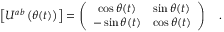
\left[ U ^ { a b } \left( \theta ( t ) \right) \right] = \left( \begin{array} { c c } { { \cos \theta ( t ) } } & { { \sin \theta ( t ) } } \\ { { - \sin \theta ( t ) } } & { { \cos \theta ( t ) } } \end{array} \right) \ \ \ .